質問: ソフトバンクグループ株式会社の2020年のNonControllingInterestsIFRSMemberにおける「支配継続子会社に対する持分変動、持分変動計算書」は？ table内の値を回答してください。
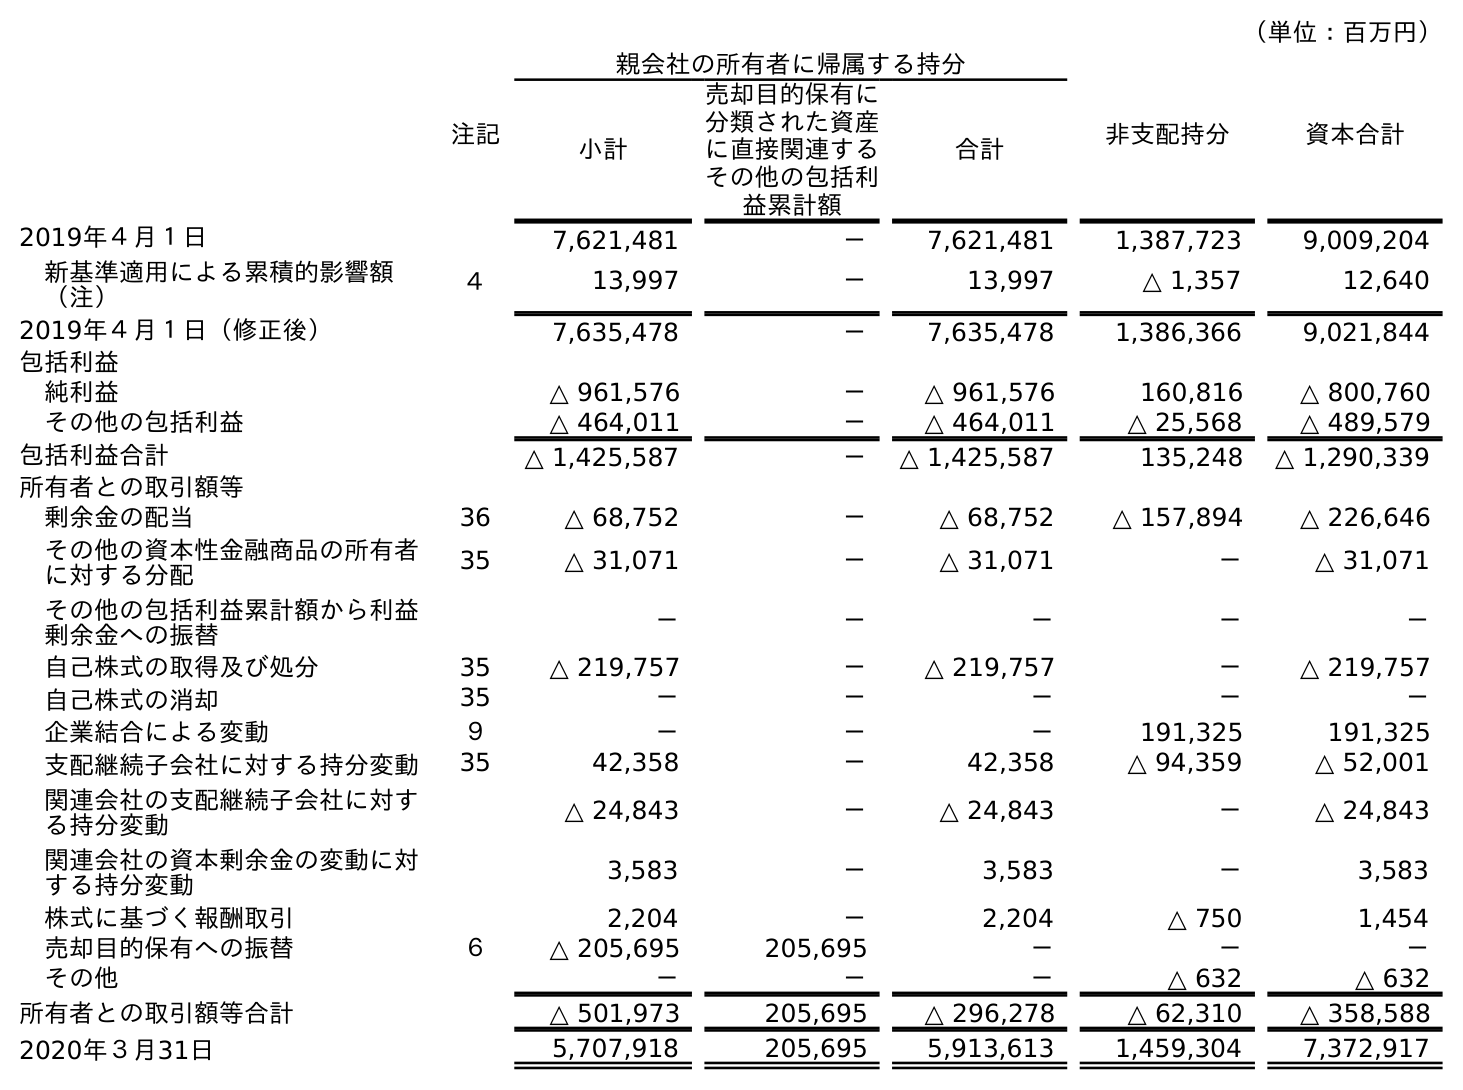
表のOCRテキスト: （単位：百万円） 注記 親会社の所有者に帰属する持分 非支配持分 資本合計 小計 売却目的保有に 分類された資産 に直接関連する その他の包括利 益累計額 合計 2019年４月１日 7,621,481 － 7,621,481 1,387,723 9,009,204 新基準適用による累積的影響額 （注） ４ 13,997 － 13,997 △ 1,357 12,640 2019年４月１日（修正後） 7,635,478 － 7,635,478 1,386,366 9,021,844 包括利益 純利益 △ 961,576 － △ 961,576 160,816 △ 800,760 その他の包括利益 △ 464,011 － △ 464,011 △ 25,568 △ 489,579 包括利益合計 △ 1,425,587 － △ 1,425,587 135,248 △ 1,290,339 所有者との取引額等 剰余金の配当 36 △ 68,752 － △ 68,752 △ 157,894 △ 226,646 その他の資本性金融商品の所有者 に対する分配 35 △ 31,071 － △ 31,071 － △ 31,071 その他の包括利益累計額から利益 剰余金への振替 － － － － － 自己株式の取得及び処分 35 △ 219,757 － △ 219,757 － △ 219,757 自己株式の消却 35 － － － － － 企業結合による変動 ９ － － － 191,325 191,325 支配継続子会社に対する持分変動 35 42,358 － 42,358 △ 94,359 △ 52,001 関連会社の支配継続子会社に対す る持分変動 △ 24,843 － △ 24,843 － △ 24,843 関連会社の資本剰余金の変動に対 する持分変動 3,583 － 3,583 － 3,583 株式に基づく報酬取引 2,204 － 2,204 △ 750 1,454 売却目的保有への振替 ６ △ 205,695 205,695 － － － その他 － － － △ 632 △ 632 所有者との取引額等合計 △ 501,973 205,695 △ 296,278 △ 62,310 △ 358,588 2020年３月31日 5,707,918 205,695 5,913,613 1,459,304 7,372,917
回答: △94,359